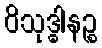
ဝိသုဒ္ဓါနဉ္စ